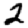
Digit: 2